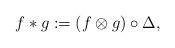
LaTeX: \begin{align*}f * g := (f\otimes g)\circ \Delta,\end{align*}